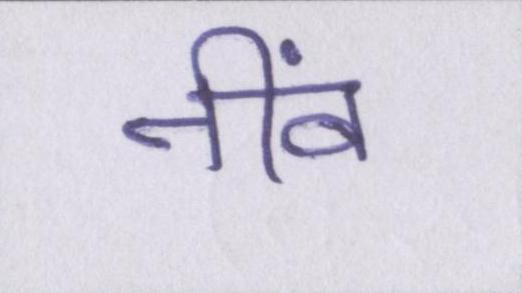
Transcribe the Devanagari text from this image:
नींव